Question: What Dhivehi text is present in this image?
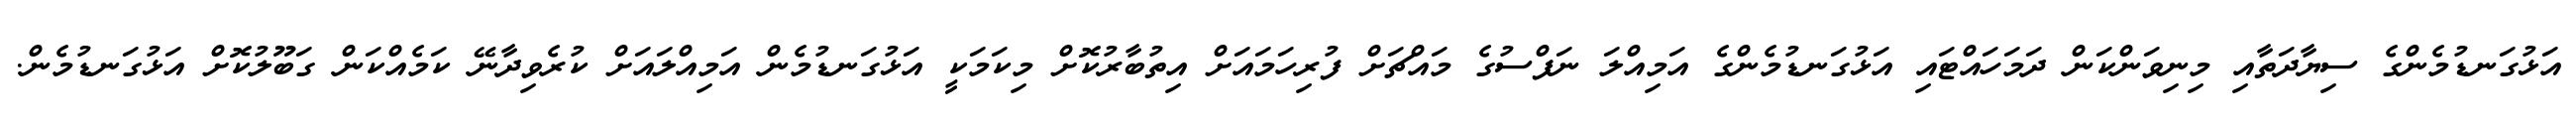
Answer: އަޅުގަނޑުމެންގެ ސިޔާދަތާއި މިނިވަންކަން ދަމަހައްޓައި އަޅުގަނޑުމެންގެ އަމިއްލަ ނަފްސުގެ މައްޗަށް ފުރިހަމައަށް އިތުބާރުކޮށް މިކަމަކީ އަޅުގަނޑުމެން އަމިއްލައަށް ކުރެވިދާނޭ ކަމެއްކަން ގަބޫލުކޮށް އަޅުގަނޑުމެން.